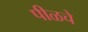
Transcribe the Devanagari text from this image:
पीळचे